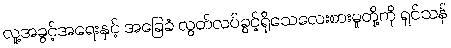
လူ့အခွင့်အရေးနှင့် အခြေခံ လွတ်လပ်ခွင့်ရိုသေလေးစားမှုတို့ကို ရှင်သန်